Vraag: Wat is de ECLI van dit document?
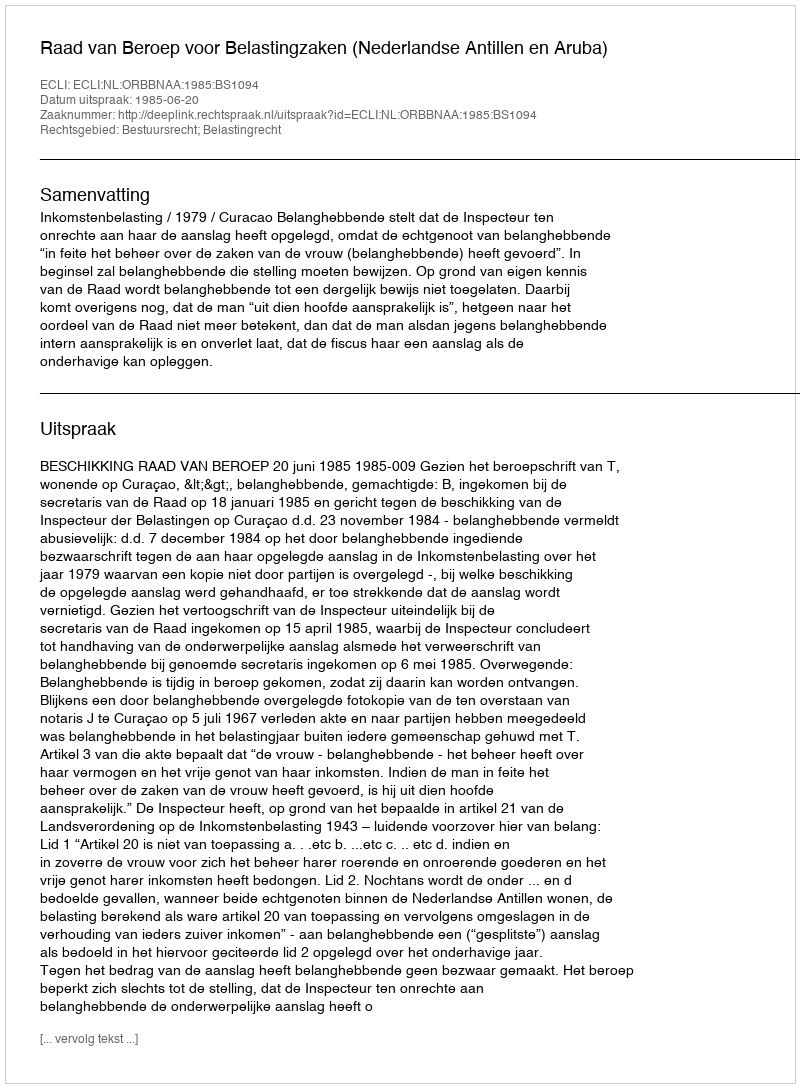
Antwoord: ECLI:NL:ORBBNAA:1985:BS1094